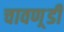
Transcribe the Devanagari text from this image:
चावण़्डी